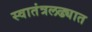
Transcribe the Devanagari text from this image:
स्वातंत्रलढ्यात